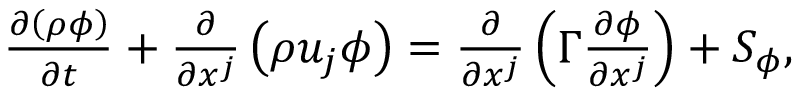
\begin{array} { r } { \frac { \partial \left( \rho \phi \right) } { \partial t } + \frac { \partial } { \partial x ^ { j } } \left( \rho u _ { j } \phi \right) = \frac { \partial } { \partial x ^ { j } } \left( \Gamma \frac { \partial \phi } { \partial x ^ { j } } \right) + S _ { \phi } , } \end{array}